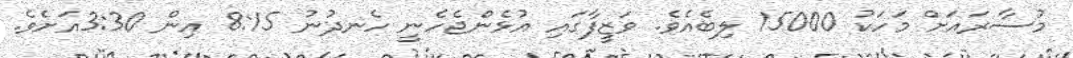
މުސާރައަށް މަހަކު 15000 ލިބެއެވެ. ވަޒީފާގައި އުޅެންޖެހެނީ ހެނދުނު 8:15 އިން 3:30އަށެވެ.